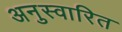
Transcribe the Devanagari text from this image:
अनुस्वारित